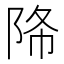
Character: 𨹓